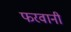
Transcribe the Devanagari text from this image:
फरवानी